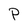
Character: P